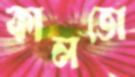
কালভো